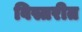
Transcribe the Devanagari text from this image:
विस्तरीत